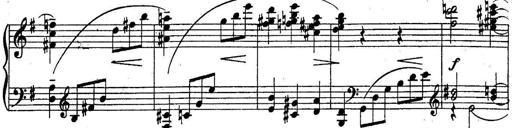
Title: Sonatine
Composer: Adrian Shaposhnikov
Key: E minor